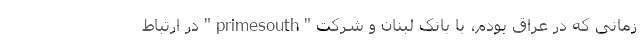
زمانی که در عراق بودم، با بانک لبنان و شرکت " primesouth " در ارتباط